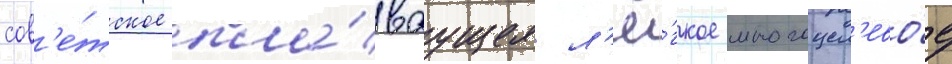
сов'е́тское пла́ваущее л'ё́гкое многоцел'ево́е